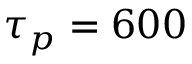
\tau _ { p } = 6 0 0